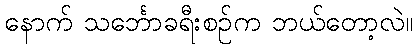
နောက် သင်္ဘောခရီးစဉ်က ဘယ်တော့လဲ။